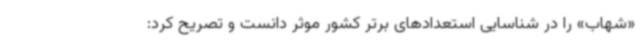
«شهاب» را در شناسایی استعدادهای برتر کشور موثر دانست و تصریح کرد: